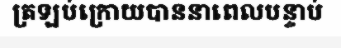
ត្រឡប់ក្រោយបាននាពេលបន្ទាប់